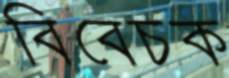
বিবেচক